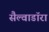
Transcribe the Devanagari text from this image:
सैल्वाडॉरा